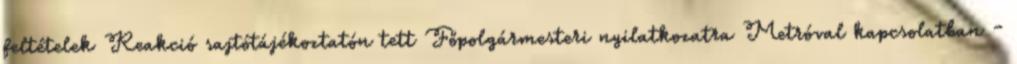
feltételek Reakció sajtótájékoztatón tett Főpolgármesteri nyilatkozatra Metróval kapcsolatban -